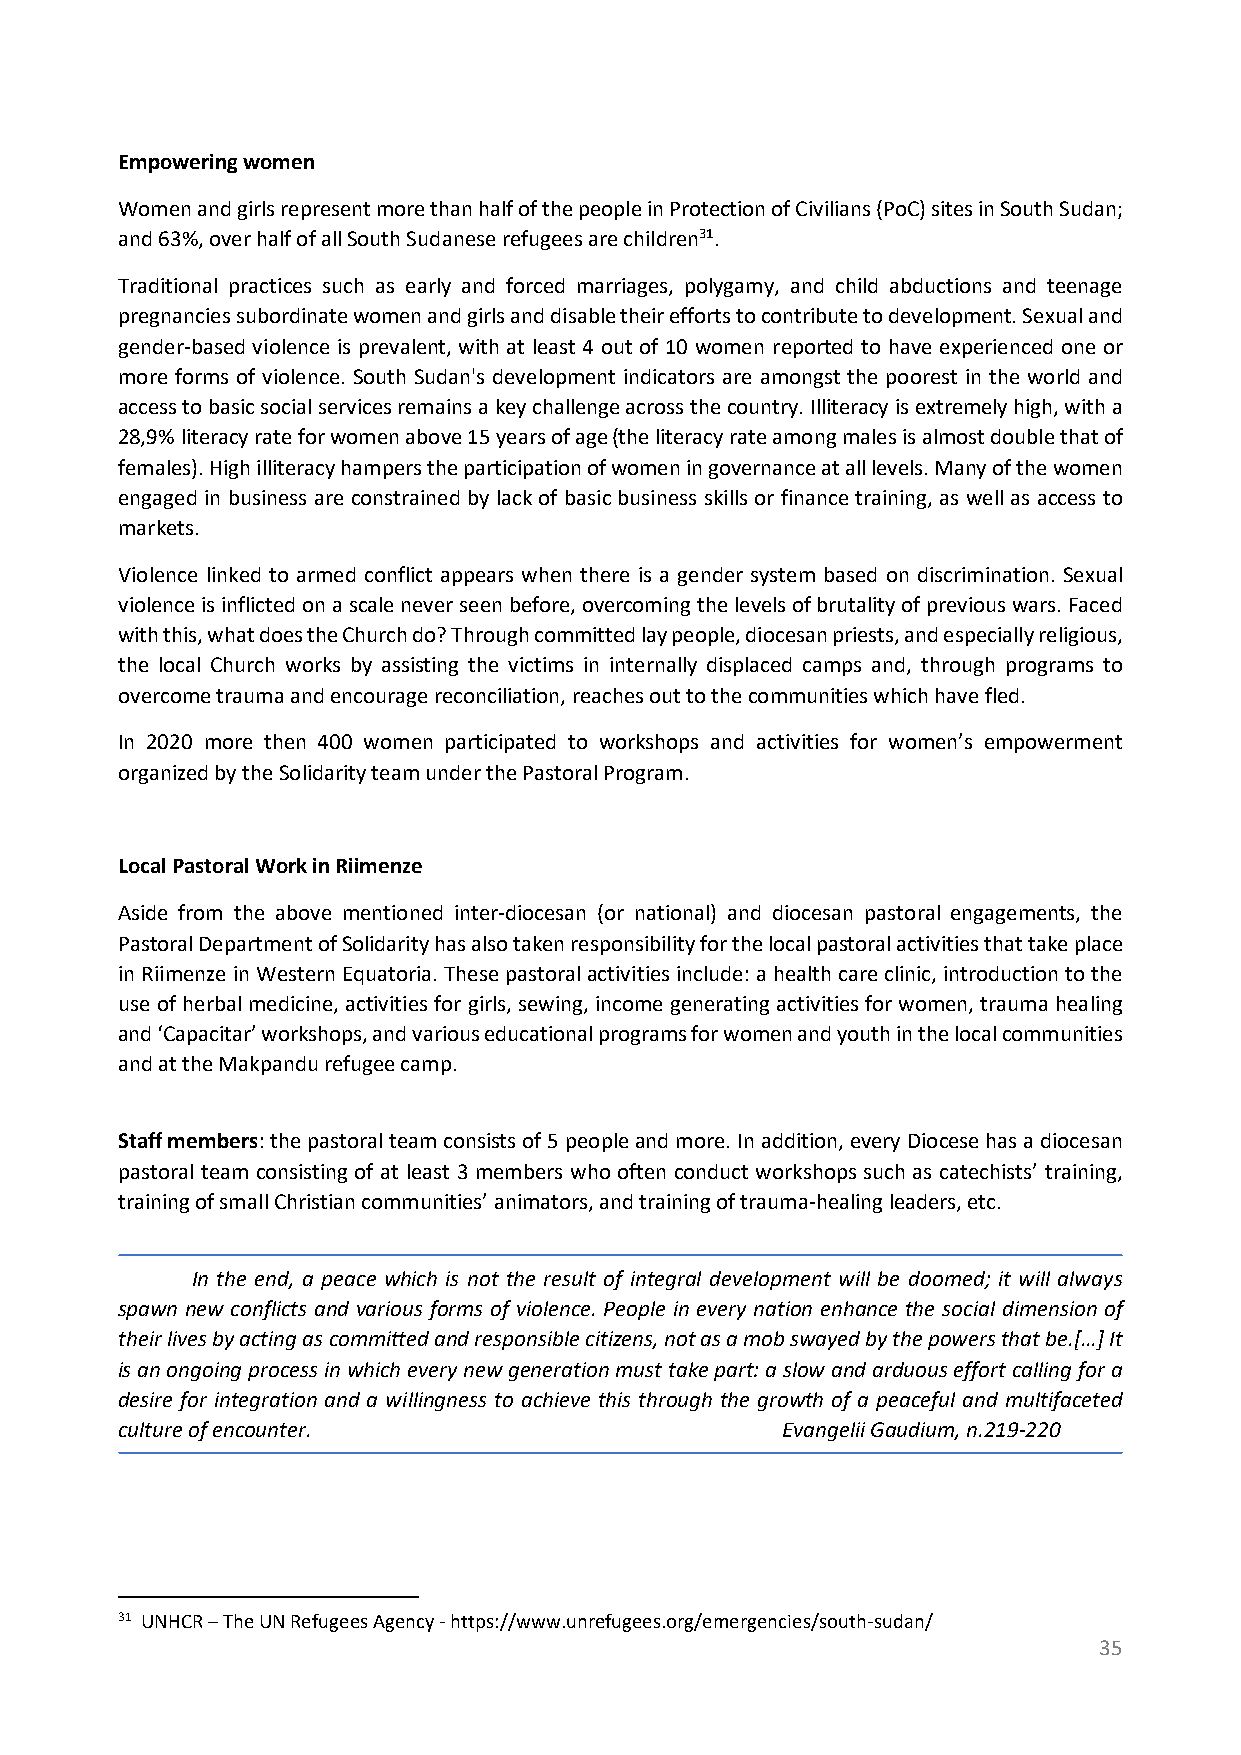
Empowering women
 Women and girls represent more than half of the people in Protection of Civilians (PoC) sites in South Sudan;
 and 63%, over half of all South Sudanese refugees are children31.
 Traditional practices such as early and forced marriages, polygamy, and child abductions and teenage
 pregnancies subordinate women and girls and disable their efforts to contribute to development. Sexual and
 gender-based violence is prevalent, with at least 4 out of 10 women reported to have experienced one or
 more forms of violence. South Sudan's development indicators are amongst the poorest in the world and
 access to basic social services remains a key challenge across the country. Illiteracy is extremely high, with a
 28,9% literacy rate for women above 15 years of age (the literacy rate among males is almost double that of
 females). High illiteracy hampers the participation of women in governance at all levels. Many of the women
 engaged in business are constrained by lack of basic business skills or finance training, as well as access to
 markets.
 Violence linked to armed conflict appears when there is a gender system based on discrimination. Sexual
 violence is inflicted on a scale never seen before, overcoming the levels of brutality of previous wars. Faced
 with this, what does the Church do? Through committed lay people, diocesan priests, and especially religious,
 the local Church works by assisting the victims in internally displaced camps and, through programs to
 overcome trauma and encourage reconciliation, reaches out to the communities which have fled.
 In 2020 more then 400 women participated to workshops and activities for women’s empowerment
 organized by the Solidarity team under the Pastoral Program.
 Local Pastoral Work in Riimenze
 Aside from the above mentioned inter-diocesan (or national) and diocesan pastoral engagements, the
 Pastoral Department of Solidarity has also taken responsibility for the local pastoral activities that take place
 in Riimenze in Western Equatoria. These pastoral activities include: a health care clinic, introduction to the
 use of herbal medicine, activities for girls, sewing, income generating activities for women, trauma healing
 and ‘Capacitar’ workshops, and various educational programs for women and youth in the local communities
 and at the Makpandu refugee camp.
 Staff members: the pastoral team consists of 5 people and more. In addition, every Diocese has a diocesan
 pastoral team consisting of at least 3 members who often conduct workshops such as catechists’ training,
 training of small Christian communities’ animators, and training of trauma-healing leaders, etc.
 In the end, a peace which is not the result of integral development will be doomed; it will always
 spawn new conflicts and various forms of violence. People in every nation enhance the social dimension of
 their lives by acting as committed and responsible citizens, not as a mob swayed by the powers that be.[…] It
 is an ongoing process in which every new generation must take part: a slow and arduous effort calling for a
 desire for integration and a willingness to achieve this through the growth of a peaceful and multifaceted
 culture of encounter.                       Evangelii Gaudium, n.219-220
 31 UNHCR – The UN Refugees Agency - https://www.unrefugees.org/emergencies/south-sudan/
 35